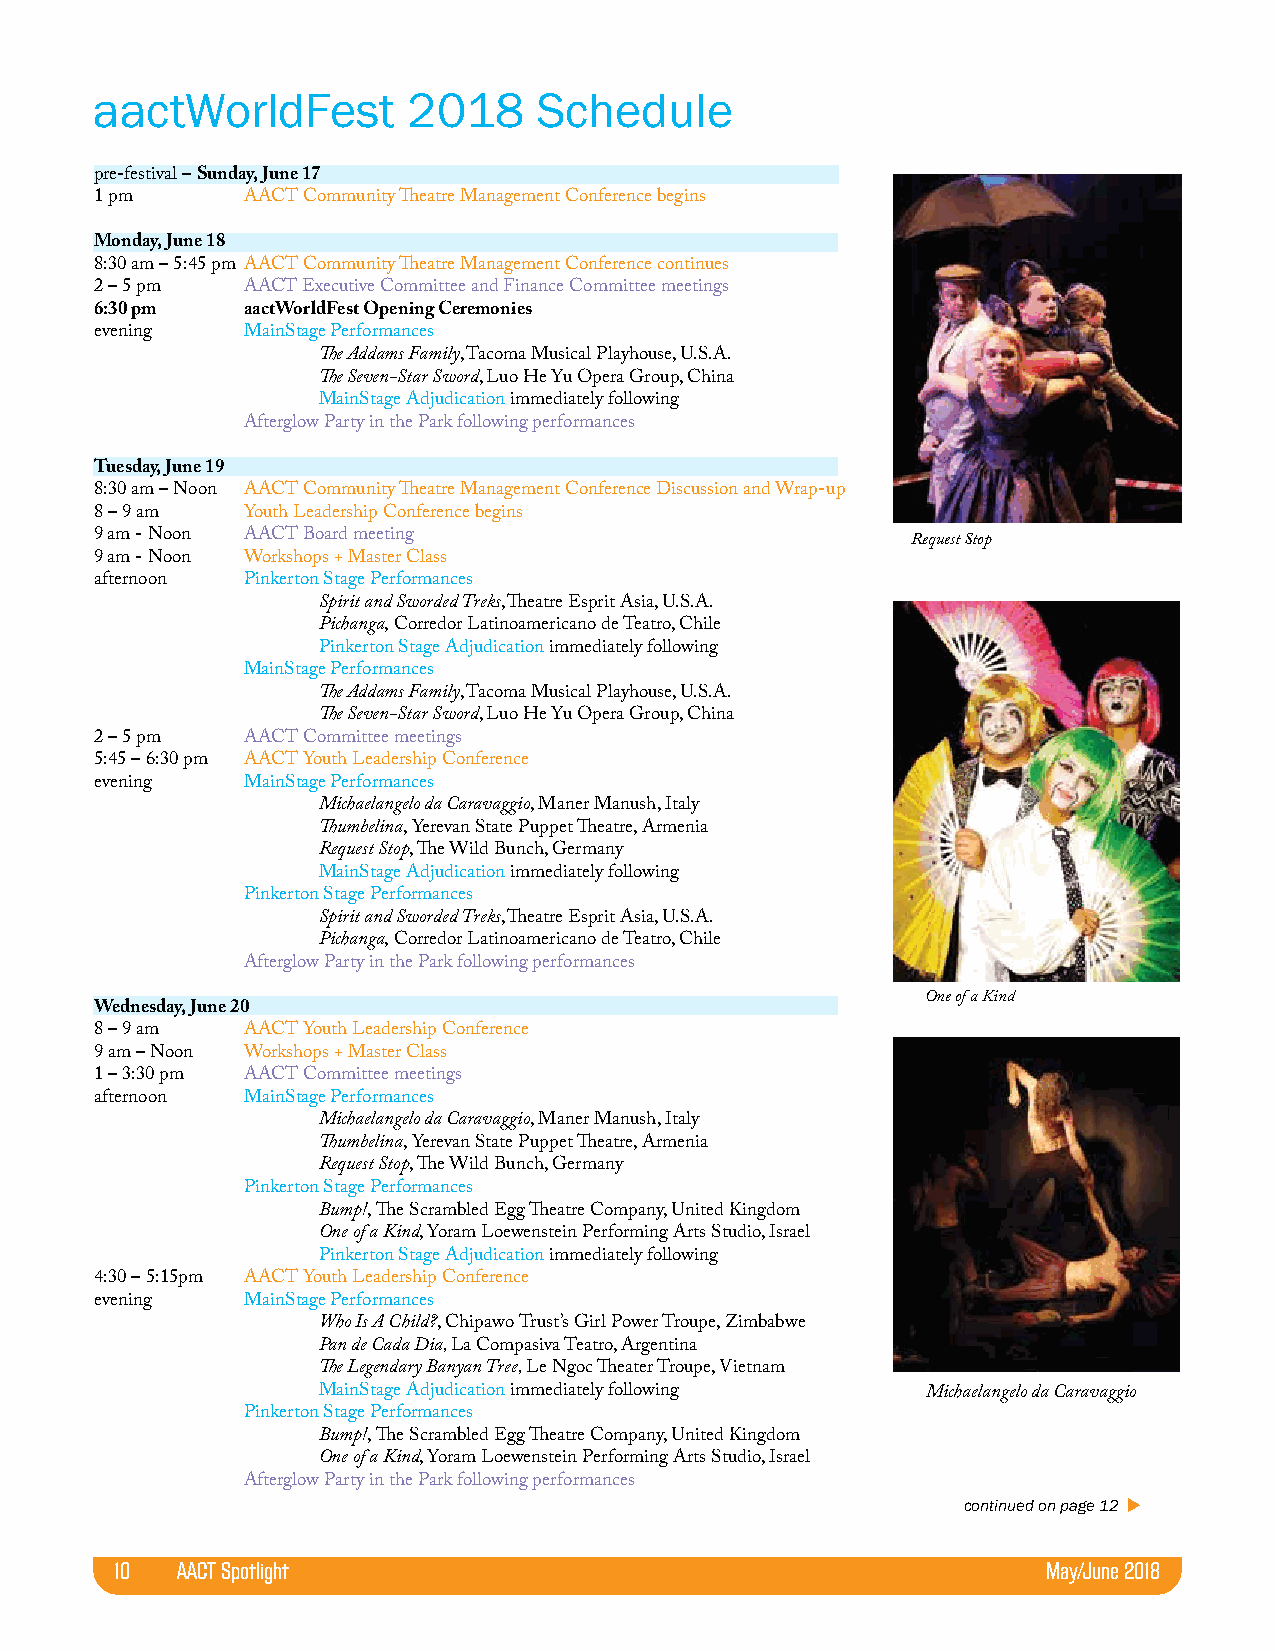
aactWorldFest        2018     Schedule
 pre-festival – Sunday, June 17
 1 pm      AACT Community Theatre Management Conference begins
 Monday, June 18
 8:30 am – 5:45 pm AACT Community Theatre Management Conference continues
 2 – 5 pm  AACT Executive Committee and Finance Committee meetings
 6:30 pm   aactWorldFest Opening Ceremonies
 evening   MainStage Performances
 The Addams Family, Tacoma Musical Playhouse, U.S.A.
 The Seven-Star Sword, Luo He Yu Opera Group, China
 MainStage Adjudication immediately following
 Afterglow Party in the Park following performances
 Tuesday, June 19
 8:30 am – Noon AACT Community Theatre Management Conference Discussion and Wrap-up
 8 – 9 am  Youth Leadership Conference begins
 9 am - Noon AACT Board meeting                        Request Stop
 9 am - Noon Workshops + Master Class
 afternoon Pinkerton Stage Performances
 Spirit and Sworded Treks, Theatre Esprit Asia, U.S.A.
 Pichanga, Corredor Latinoamericano de Teatro, Chile
 Pinkerton Stage Adjudication immediately following
 MainStage Performances
 The Addams Family, Tacoma Musical Playhouse, U.S.A.
 The Seven-Star Sword, Luo He Yu Opera Group, China
 2 – 5 pm  AACT Committee meetings
 5:45 – 6:30 pm AACT Youth Leadership Conference
 evening   MainStage Performances
 Michaelangelo da Caravaggio, Maner Manush, Italy
 Thumbelina, Yerevan State Puppet Theatre, Armenia
 Request Stop, The Wild Bunch, Germany
 MainStage Adjudication immediately following
 Pinkerton Stage Performances
 Spirit and Sworded Treks, Theatre Esprit Asia, U.S.A.
 Pichanga, Corredor Latinoamericano de Teatro, Chile
 Afterglow Party in the Park following performances
 One of a Kind
 Wednesday, June 20
 8 – 9 am  AACT Youth Leadership Conference
 9 am – Noon Workshops + Master Class
 1 – 3:30 pm AACT Committee meetings
 afternoon MainStage Performances
 Michaelangelo da Caravaggio, Maner Manush, Italy
 Thumbelina, Yerevan State Puppet Theatre, Armenia
 Request Stop, The Wild Bunch, Germany
 Pinkerton Stage Performances
 Bump!, The Scrambled Egg Theatre Company, United Kingdom
 One of a Kind, Yoram Loewenstein Performing Arts Studio, Israel
 Pinkerton Stage Adjudication immediately following
 4:30 – 5:15pm AACT Youth Leadership Conference
 evening   MainStage Performances
 Who Is A Child?, Chipawo Trust’s Girl Power Troupe, Zimbabwe
 Pan de Cada Dia, La Compasiva Teatro, Argentina
 The Legendary Banyan Tree, Le Ngoc Theater Troupe, Vietnam
 MainStage Adjudication immediately following Michaelangelo da Caravaggio
 Pinkerton Stage Performances
 Bump!, The Scrambled Egg Theatre Company, United Kingdom
 One of a Kind, Yoram Loewenstein Performing Arts Studio, Israel
 Afterglow Party in the Park following performances
 continued on page 12 
 10   AACT Spotlight                                           May/June 2018